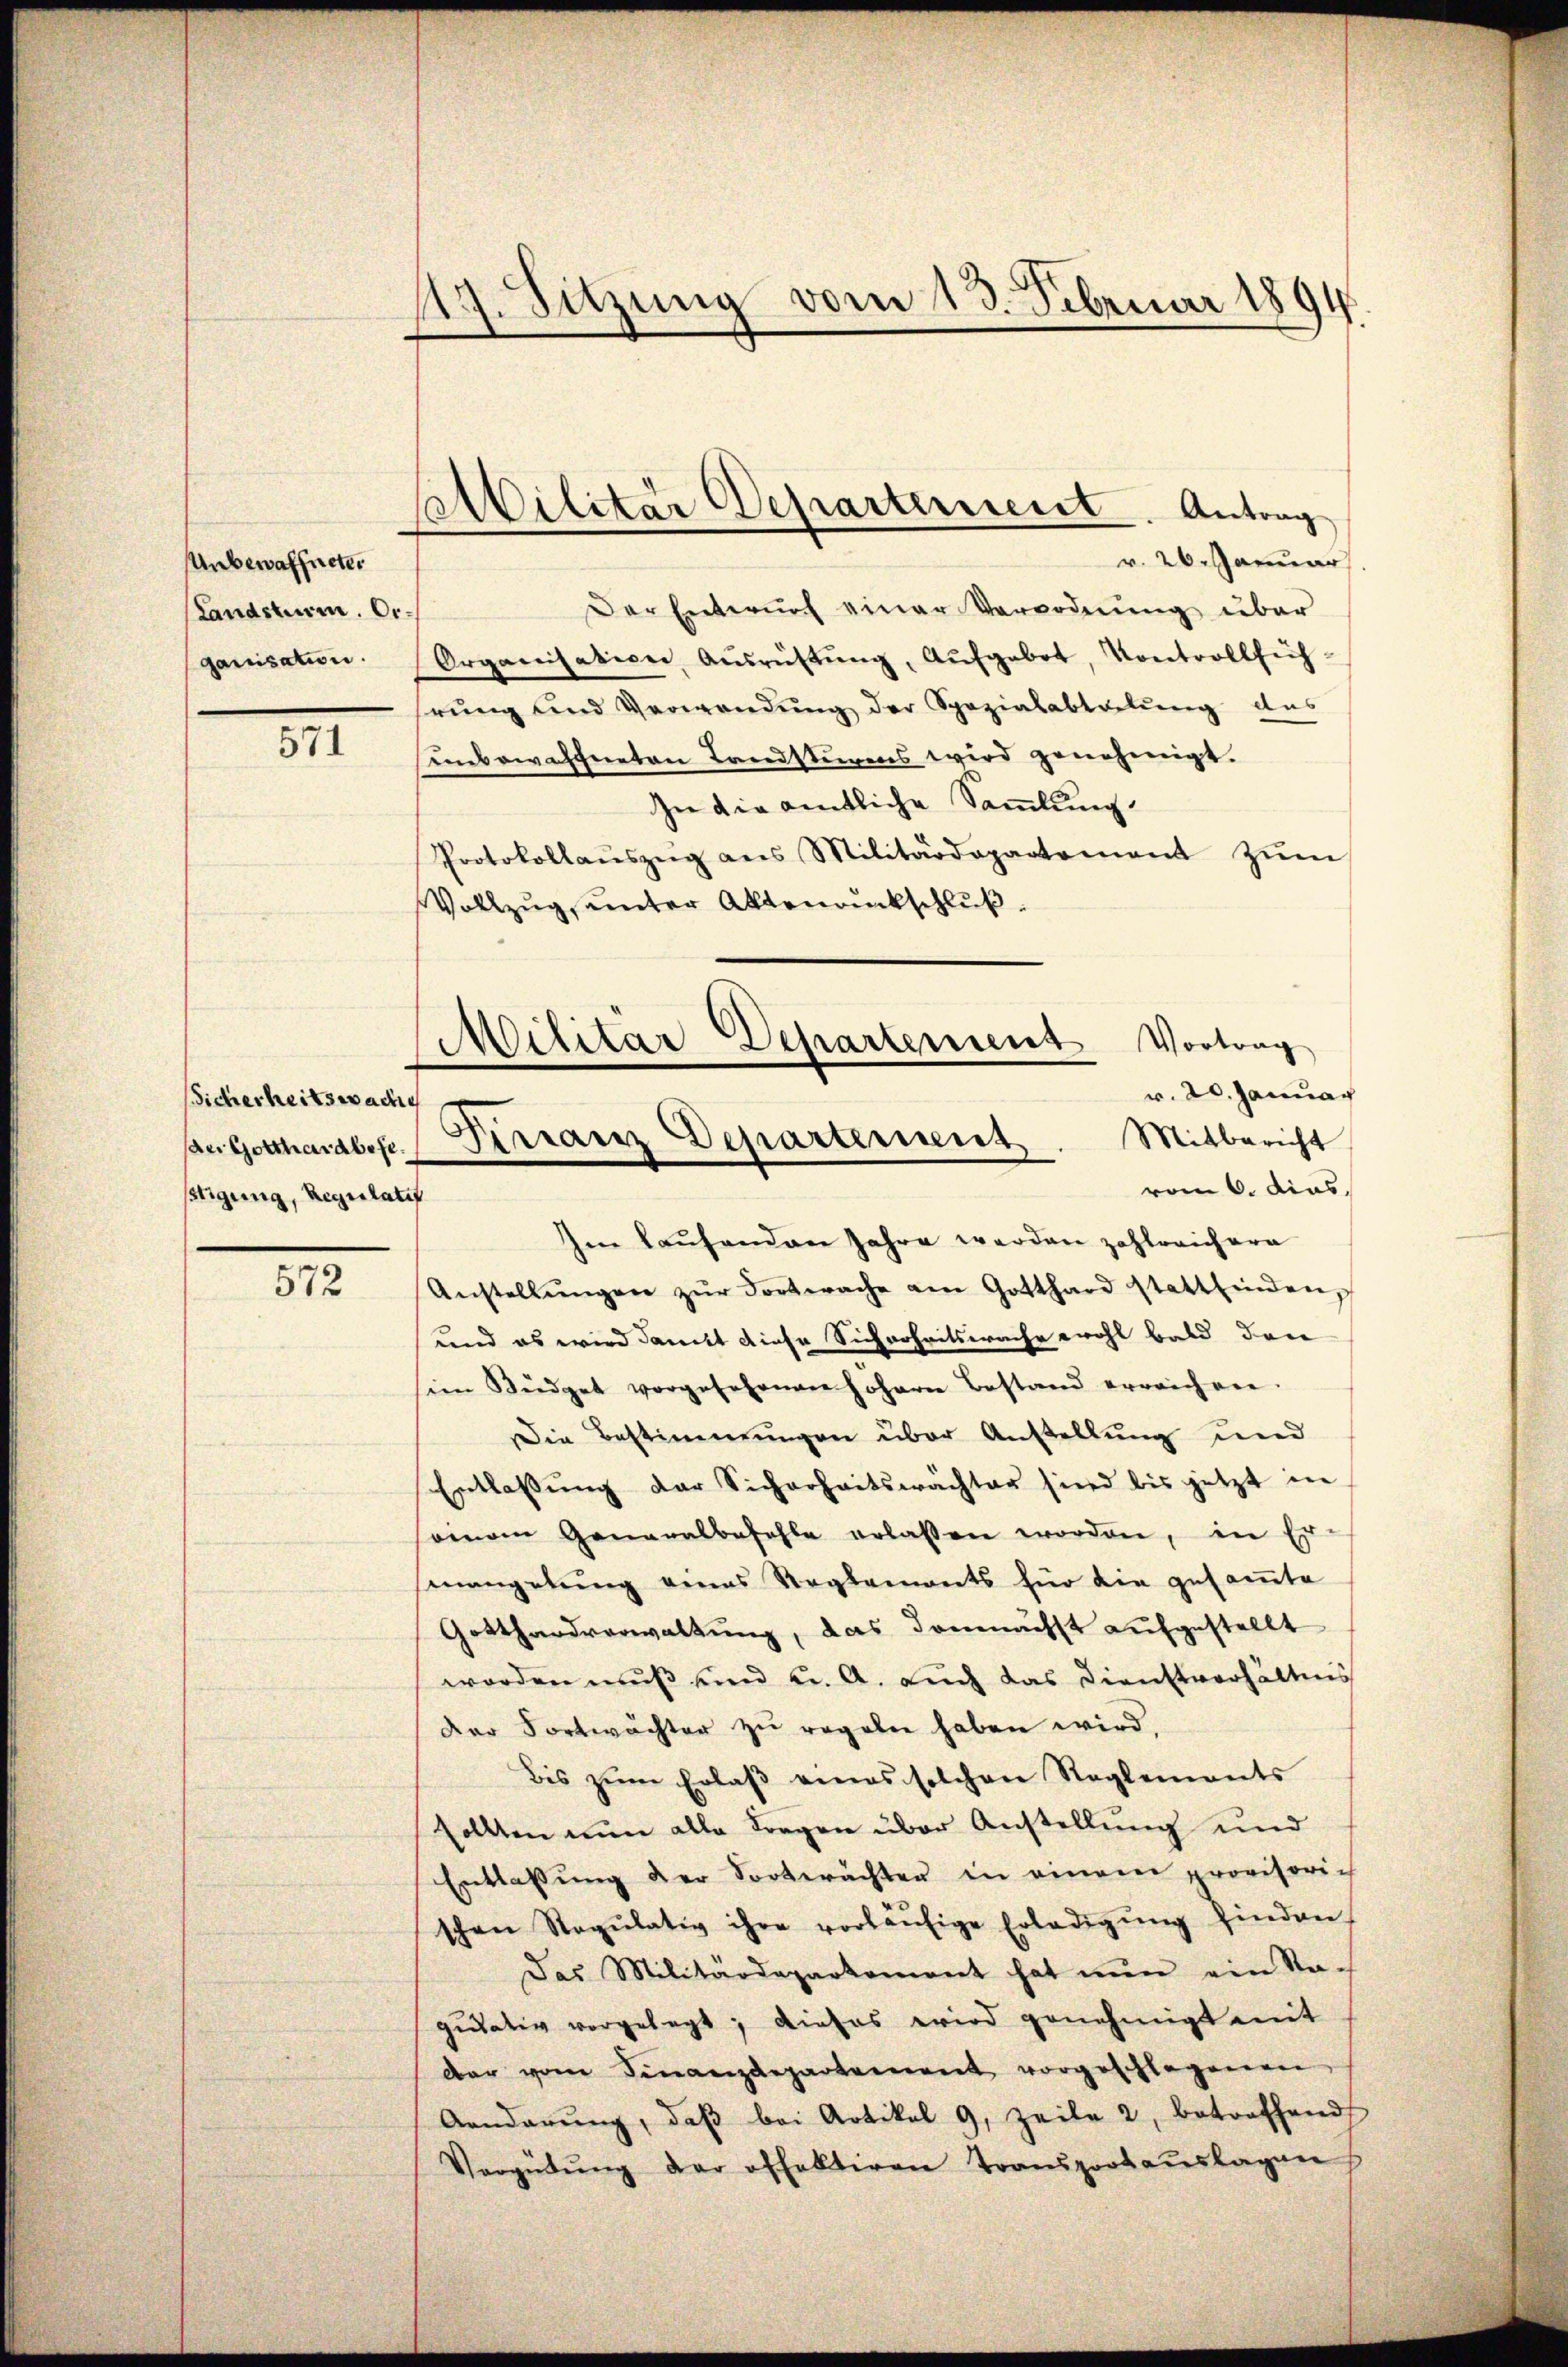
Unbewaffneter
Landsturm. Organisation.

51

Sicherheitswac
stigung, Regulatif

572

117. Sitzung vom 13. Februar 1894

Der Entwŭrf einer Verordnŭng über
Organisation Aŭsrüstŭng, Aŭfgebot, Kontrollfüh-
rŭng und Verwandŭng der Spezialabteilŭng aus
unbewaffneten Landsturms wird genehmigt.
In die amtliche Sammlung.
Protokollaŭszŭg ans Militärdepartement zŭm
Vollzug, unter Aktenrückschluß.

Militär Departerient. Antrag
r. 26. Januar

Militär Departement Vortrag
r. 20. Jannac
Pan Gottharaber Terranz Departement. Mitbericht
vom 6. dies

Im laufenden Jahre werden zahlreichara
Anstellŭngen zŭr Fortwache am Gotthard stattfinden,
und es wird damit diese Sicherheitsprache wohl bald dann
sein Büdget vorgesehenen Johann Bestand erreichen.
Die Bestimmungen über Anstellung und
Entlassŭng der Sicherheitswächter sind bis jetzt in
seinen Generalbefehle erlassen worden, in Er-
smangelung eines Reglements für die gesamte
Gotthardverwaltung, das demnächst aufgestellt
worden muß und u. A. auch das Dienstverhältnis
Der Fortwächter zu regeln haben wird,
bis zŭm Erlaβ eines solchen Reglements
sollten nun alle Fragen über Anstellung und
Entlassung der Vorberachten in einem provisorich
schen Regŭlativ ihre vorläŭfige Erledigŭng finden,
Das Militärdepartement hat nun ein Na-
quitativ vorgelegt; dieses wird genehmigt mit
der vom Finanzdepartement vorgeschlagenen
Aenderŭng, daβ bei Artikel 9, Zeile 2, betreffend
Vergütŭng der offektiren Transportaŭslagen